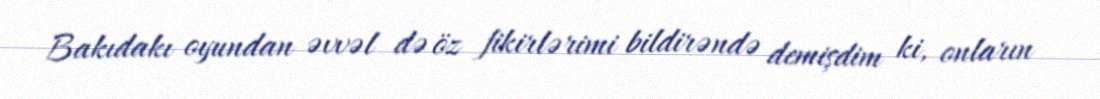
Bakıdakı oyundan əvvəl də öz fikirlərimi bildirəndə demişdim ki, onların